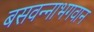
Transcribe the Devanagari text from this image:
बसवन्नाभगवान